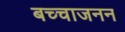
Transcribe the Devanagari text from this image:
बच्चाजनन